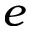
e